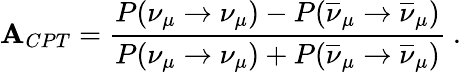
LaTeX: \mathbf{A}_{CPT}=\frac{{P(\nu_{\mu}\rightarrow\nu_{\mu})-P(\overline{{{{\nu}}}}_{\mu}\rightarrow\overline{{{{\nu}}}}_{\mu})}}{{P(\nu_{\mu}\rightarrow\nu_{\mu})+P(\overline{{{{\nu}}}}_{\mu}\rightarrow\overline{{{{\nu}}}}_{\mu})}}~.